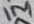
Text: 1M